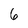
Character: 6